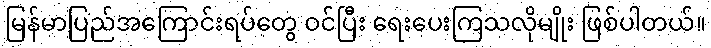
မြန်မာပြည်အကြောင်းရပ်တွေ ဝင်ပြီး ရေးပေးကြသလိုမျိုး ဖြစ်ပါတယ်။